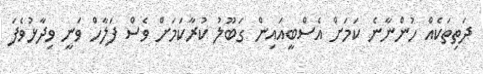
ދަތިތަކެއް ހުންނާނެ ކަމަށް އެސްބީއައިން ގަބޫލު ކުރާކަމަށް ވެސް ފަލާހް ވަނީ ވިދާޅުވެފަ